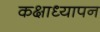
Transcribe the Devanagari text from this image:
कक्षाध्यापन